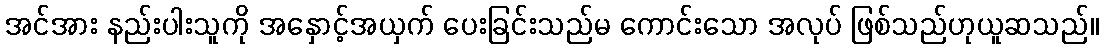
အင်အား နည်းပါးသူကို အနှောင့်အယှက် ပေးခြင်းသည်မ ကောင်းသော အလုပ် ဖြစ်သည်ဟုယူဆသည်။